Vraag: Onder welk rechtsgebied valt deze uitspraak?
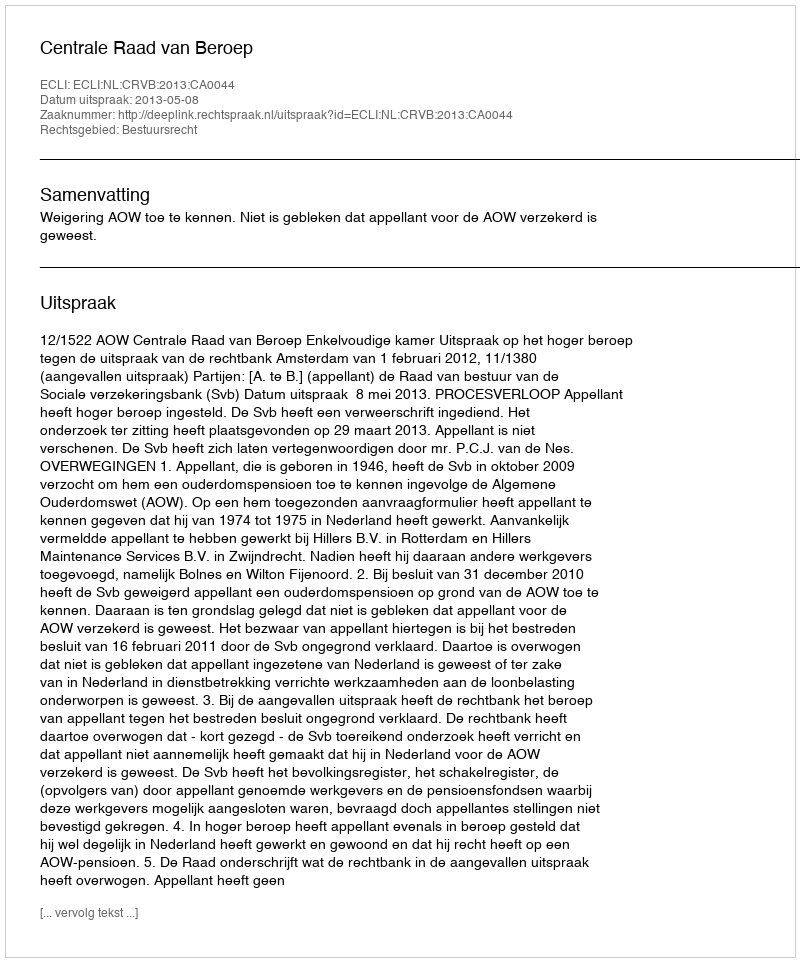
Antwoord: Bestuursrecht